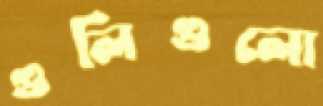
গুলিগুলো